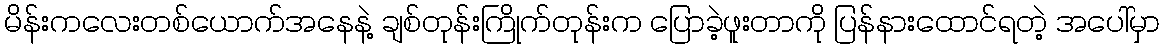
မိန်းကလေးတစ်ယောက်အနေနဲ့ ချစ်တုန်းကြိုက်တုန်းက ပြောခဲ့ဖူးတာကို ပြန်နားထောင်ရတဲ့ အပေါ်မှာ